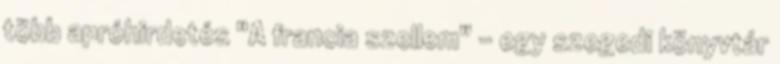
több apróhirdetés "A francia szellem" - egy szegedi könyvtár